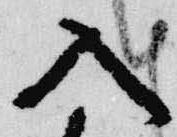
入